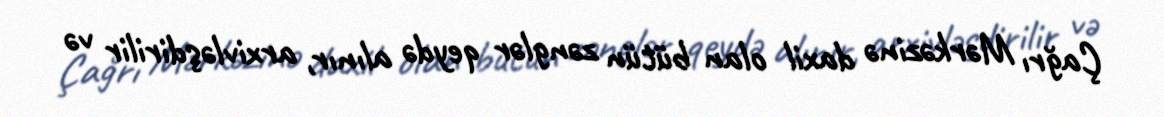
Çağrı Mərkəzinə daxil olan bütün zənglər qeydə alınır, arxivləşdirilir və